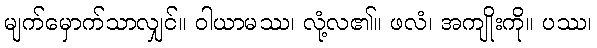
မျက်မှောက်သာလျှင်။ ဝါယာမဿ၊ လုံ့လ၏။ ဖလံ၊ အကျိုးကို။ ပဿ၊